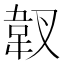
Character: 𱁿